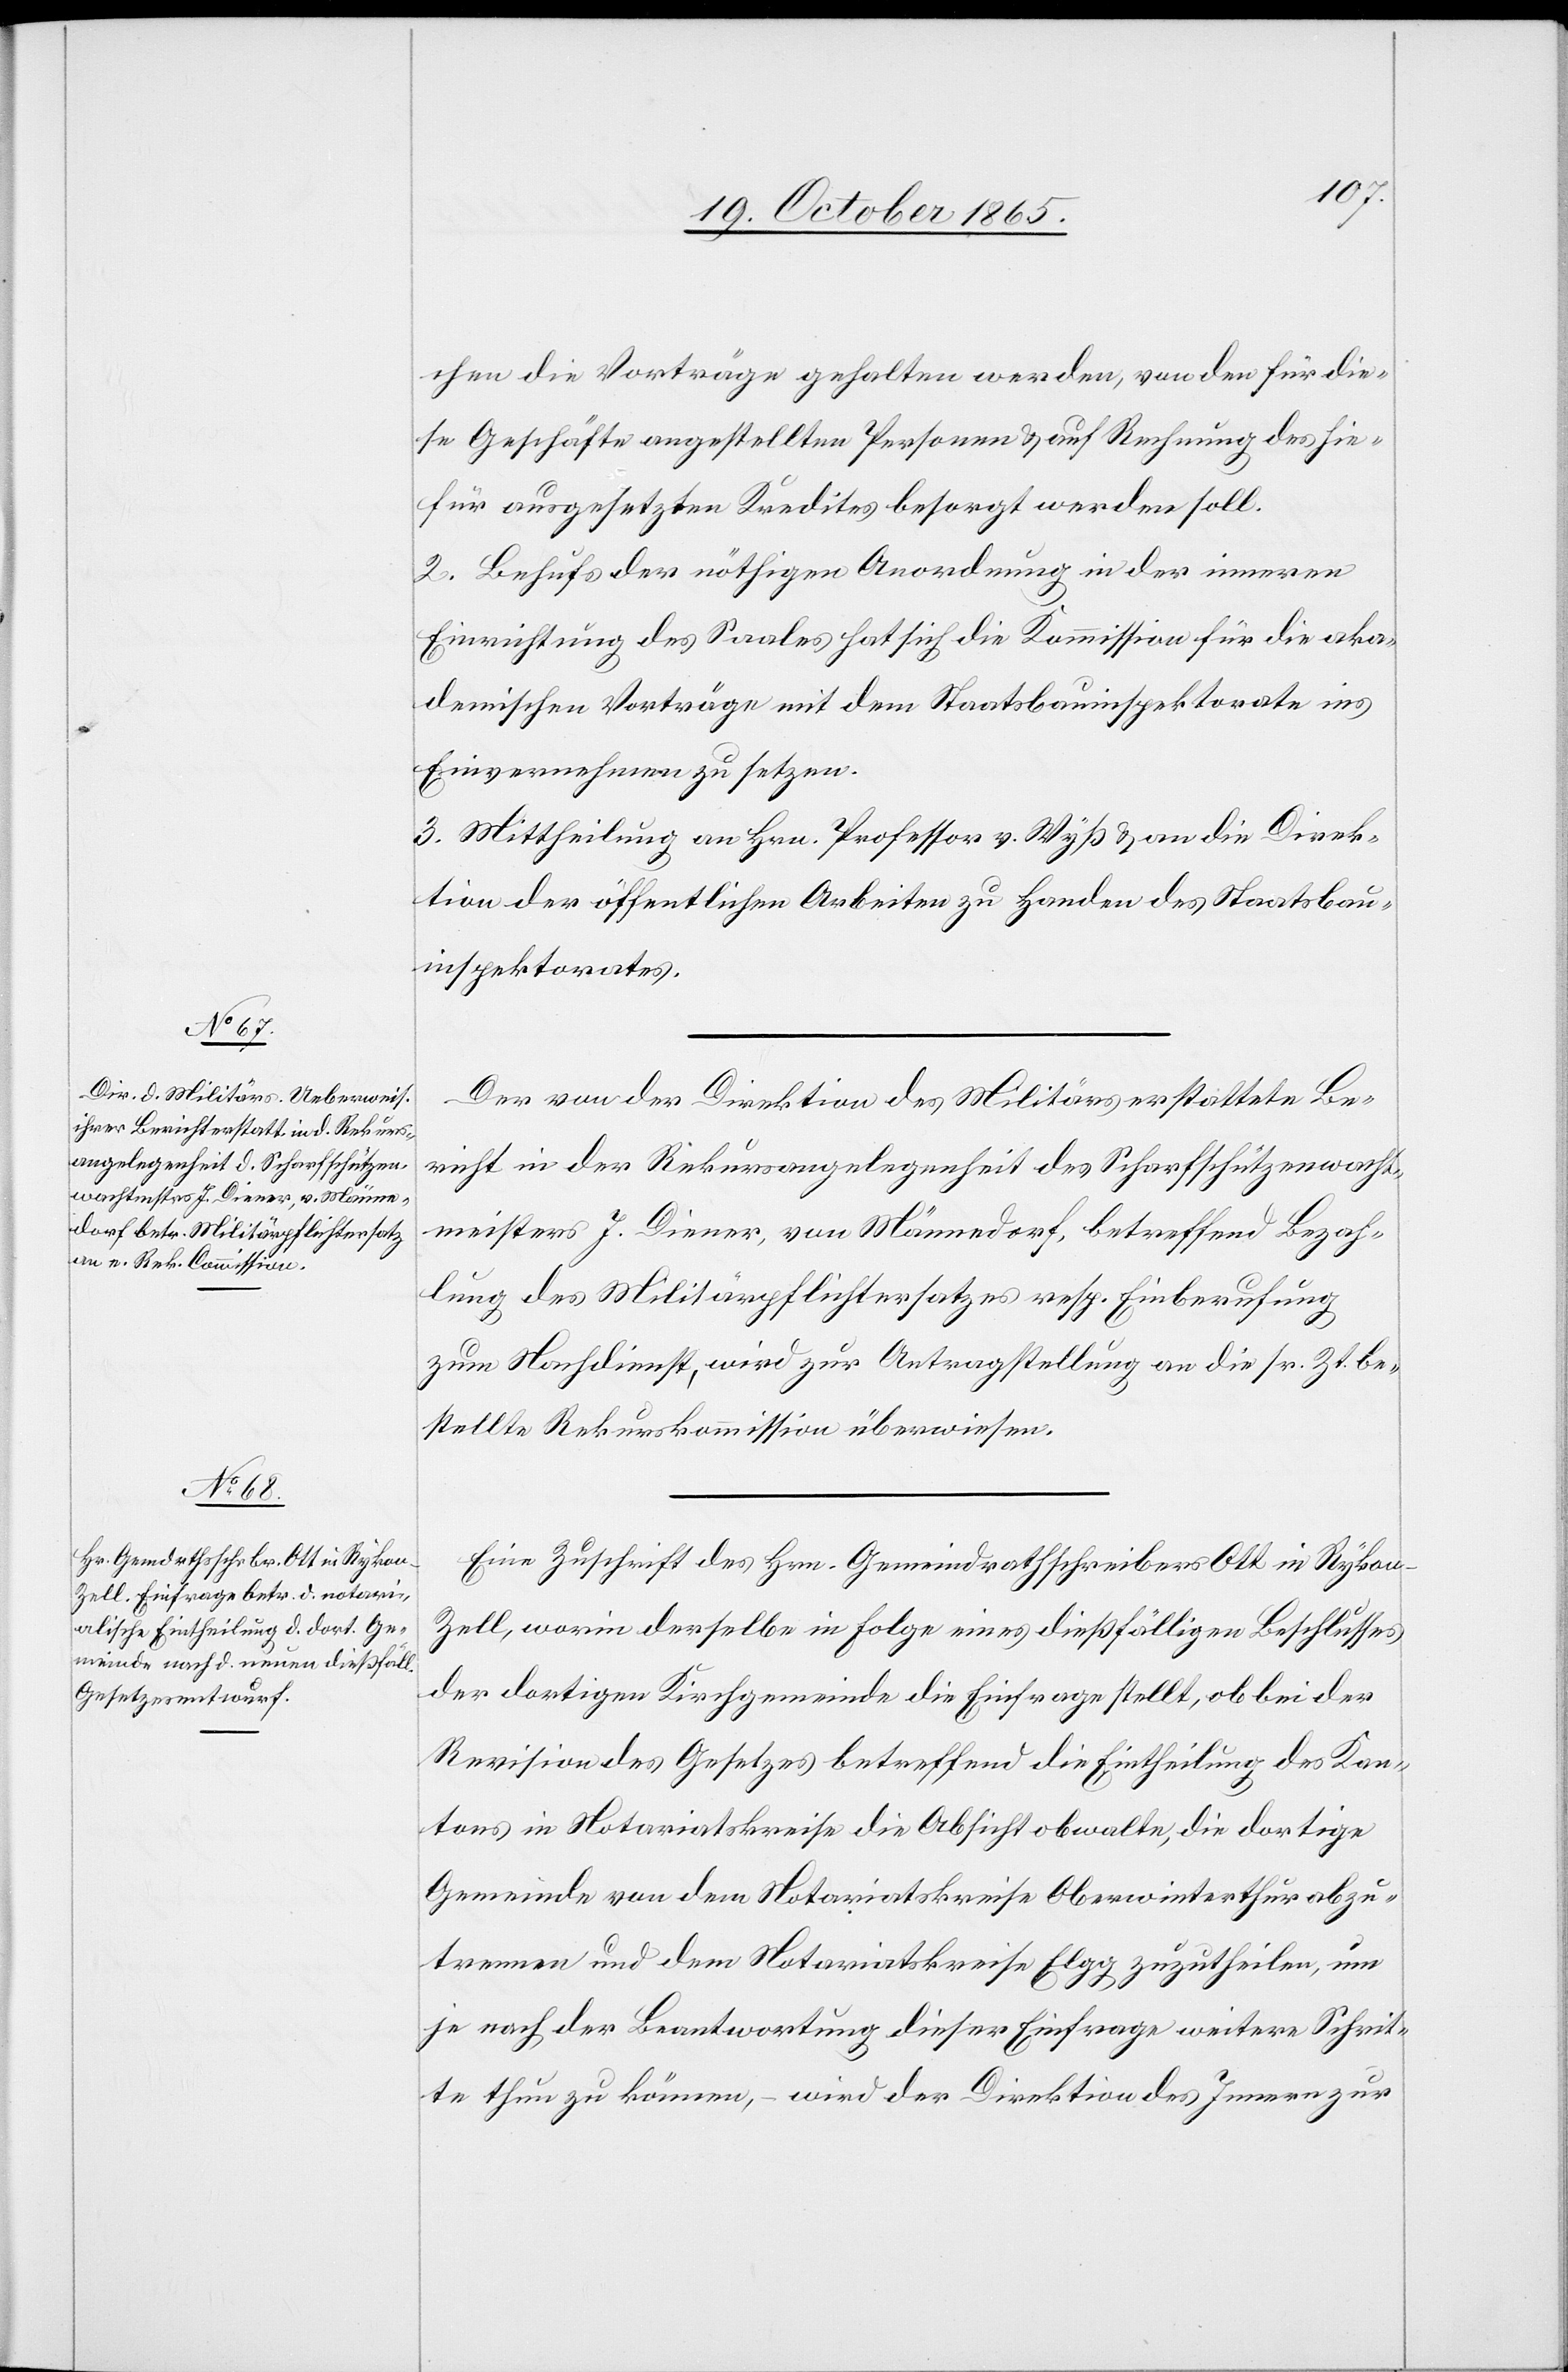
chen die Vorträge gehalten werden, von den für die¬
se Geschäfte angestellten Personen & auf Rechnung des hie¬
für ausgesetzten Kredites besorgt werden soll.
2. Behufs der nöthigen Anordnung in der inneren
Einrichtung des Saales hat sich die Kommission für die aka¬
demischen Vorträge mit dem Staatsbauinspektorate ins
Einvernehmen zu setzen.
3. Mittheilung an Hrn. Professor v. Wyß & an die Direk¬
tion der öffentlichen Arbeiten zu Handen des Staatsbau¬
inspektorates.
Der von der Direktion des Militärs erstattete Be¬
richt in der Rekursangelegenheit des Scharfschützenwacht¬
meisters J. Diener, von Männedorf, betreffend Bezah¬
lung des Militärpflichtersatzes resp. Einberufung
zum Nachdienst, wird zur Antragstellung an die sr. Zt. be¬
stellte Rekurskommission überwiesen.
Eine Zuschrift des Hrn. Gemeindrathschreibers Ott in Rykon-Z¬
ell, worin derselbe in Folge eines dießfälligen Beschlusses
der dortigen Kirchgemeinde die Einfrage stellt, ob bei der
Revision des Gesetzes betreffend die Eintheilung des Kan¬
tons in Notariatskreise die Absicht obwalte, die dortige
Gemeinde von dem Notariatskreise Oberwinterthur abzu¬
trennen und dem Notariatskreise Elgg zuzutheilen, um
je nach der Beantwortung dieser Einfrage weitere Schrit¬
te thun zu können, – wird der Direktion des Innern zur